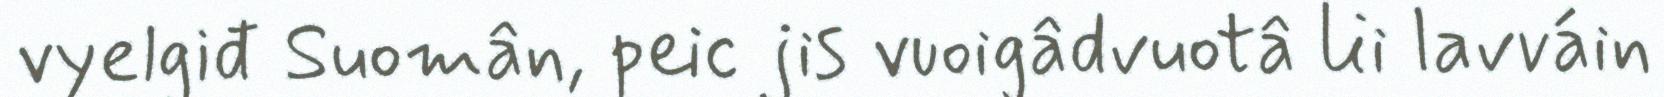
vyelgiđ Suomân, peic jis vuoigâdvuotâ lii lavváin